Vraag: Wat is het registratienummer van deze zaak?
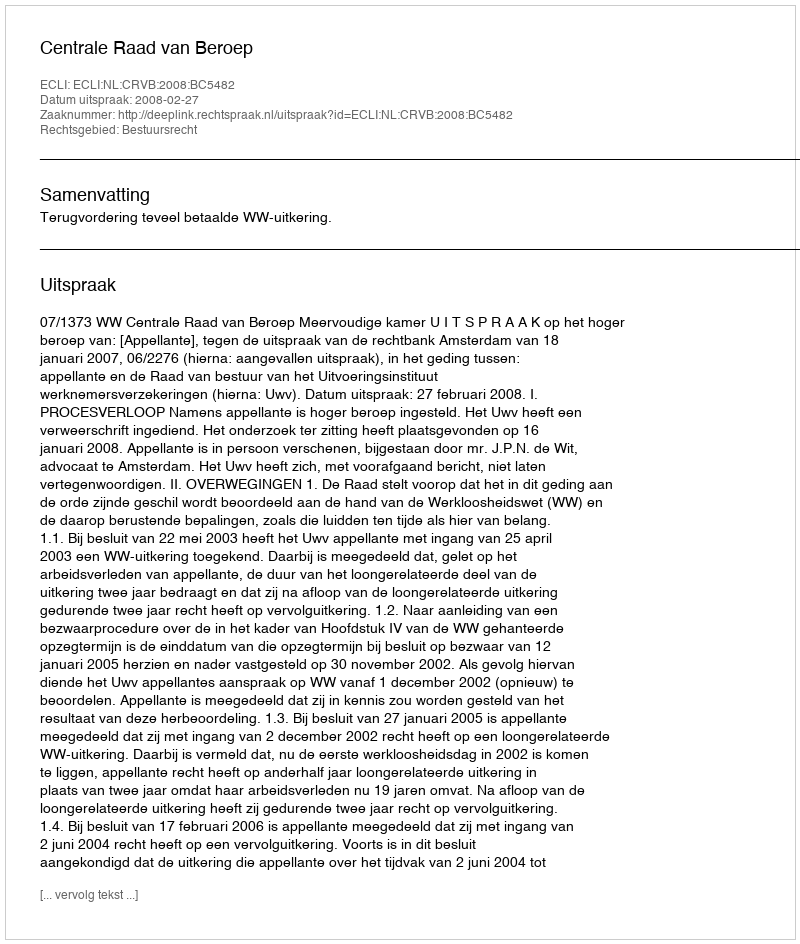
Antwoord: http://deeplink.rechtspraak.nl/uitspraak?id=ECLI:NL:CRVB:2008:BC5482